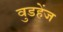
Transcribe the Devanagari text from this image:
वुडहेंज